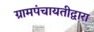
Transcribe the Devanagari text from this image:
ग्रामपंचायतीद्वारा